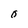
Character: 0